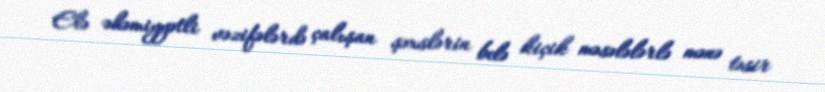
Elə əhəmiyyətli vəzifələrdə çalışan şəxslərin belə kiçik məsələlərlə mənə təsir